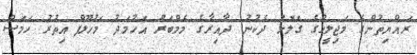
ރައްޔިތުންގެ މަޖިލީހުގެ ގަލޮޅު ދެކުނު ދާއިރާގެ މެމްބަރު އަހުމަދު މަހުލޫފް އިތުރު ހަމަސް